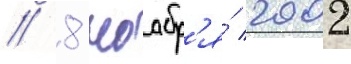
// 8 ноабр'я́ 2002